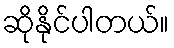
ဆိုနိုင်ပါတယ်။